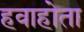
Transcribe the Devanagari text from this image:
हवाहोता